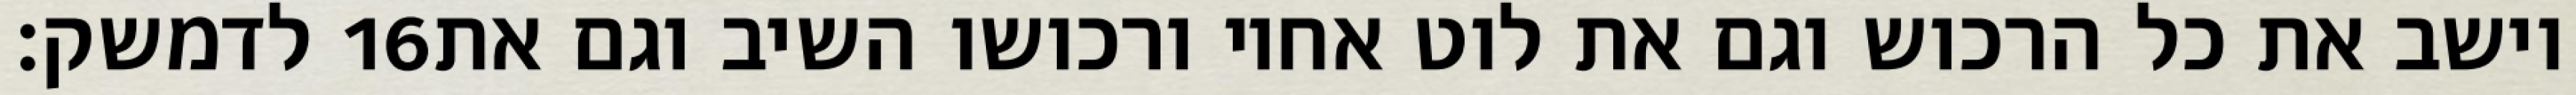
לדמשק׃ ‎16‏ וישב את כל הרכוש וגם את לוט אחיו ורכושו השיב וגם את